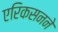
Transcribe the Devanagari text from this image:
एरिकसनने